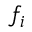
f _ { i }